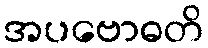
အပဗောဓတိ